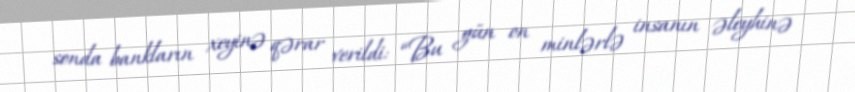
sonda bankların xeyinə qərar verildi: “Bu gün on minlərlə insanın əleyhinə